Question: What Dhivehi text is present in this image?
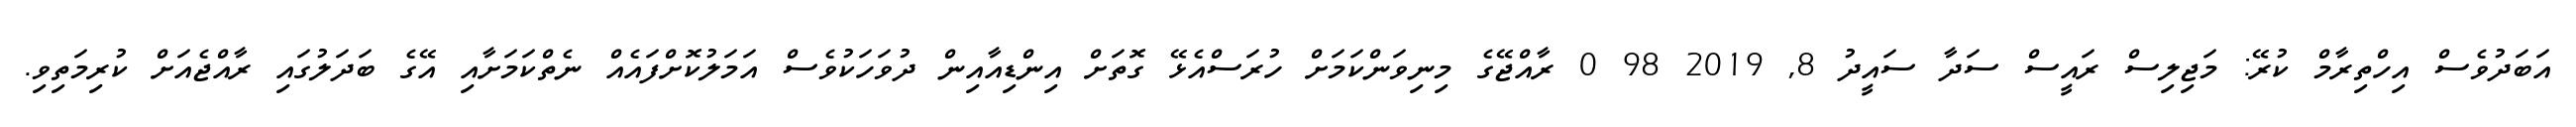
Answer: އަބަދުވެސް އިހްތިރާމް ކުރޭ: މަޖިލިސް ރައީސް ސަދާ ސައީދު 8, 2019 98 0 ރާއްޖޭގެ މިނިވަންކަމަށް ހުރަސްއެޅޭ ގޮތަށް އިންޑިއާއިން ދުވަހަކުވެސް އަމަލުކޮށްފައެއް ނެތްކަމަށާއި އޭގެ ބަދަލުގައި ރާއްޖެއަށް ކުރިމަތިވި.